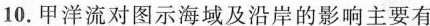
10.甲洋流对图示海域及沿岸的影响主要有